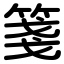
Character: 箋